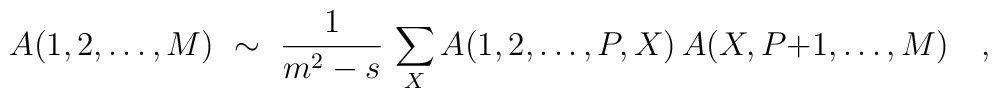
A(1,2,\ldots,M)\ \sim\ {1\over m^2-s}\,\sum_X A(1,2,\ldots,P,X)\,A(X,P{+}1,\ldots,M) \quad ,